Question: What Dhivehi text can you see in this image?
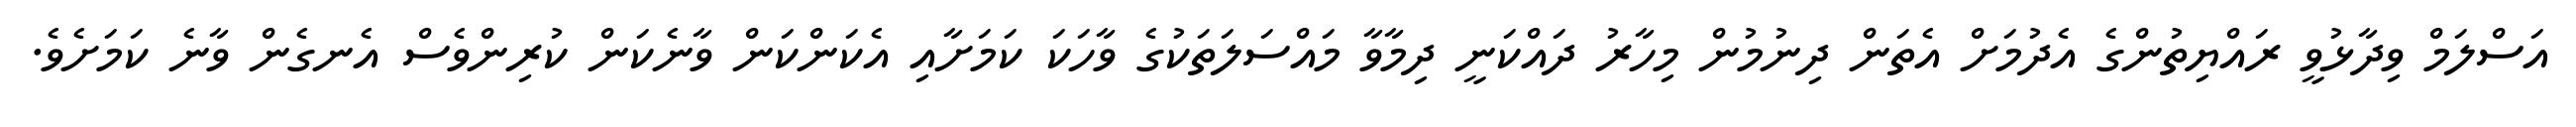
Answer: އަސްލަމް ވިދާޅުވީ ރައްޔިތުންގެ އެދުމަށް އެތަން ދިނުމުން މިހާރު ދައްކަނީ ދިމާވާ މައްސަލަތަކުގެ ވާހަކަ ކަމަށާއި އެކަންކަން ވާނެކަން ކުރިންވެސް އެނގެން ވާނެ ކަމަށެވެ.